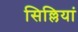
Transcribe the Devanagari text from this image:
सिल्लियां